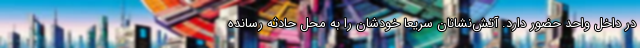
در داخل واحد حضور دارد. آتش‌نشانان سریعا خودشان را به محل حادثه رسانده